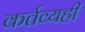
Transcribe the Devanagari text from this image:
कर्तव्यही